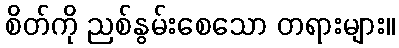
စိတ်ကို ညစ်နွမ်းစေသော တရားများ။